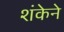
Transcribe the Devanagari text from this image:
शंकेने